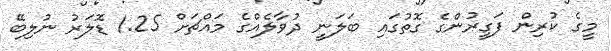
މީގެ ކުރިން ފަގީރުންގެ ގޮތުގައި ބަލަނީ ދުވާލެއްގެ މައްޗަށް 1.25 ޑޮލަރު ނުލިބޭ